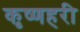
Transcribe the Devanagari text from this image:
कृष्णहरी